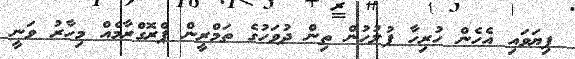
ފިޔަވައި އެހެން ހުރިހާ ފުލުހުން ތިން ދުވަހުގެ ތަމްރީން ޕްރޮގްރާމެއް މިހާރު ވަނީ